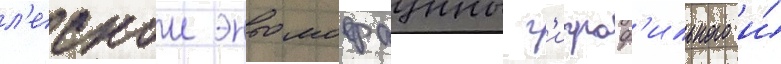
л'еснои энтомофауны г'игроф'ильного и́